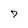
Character: 7